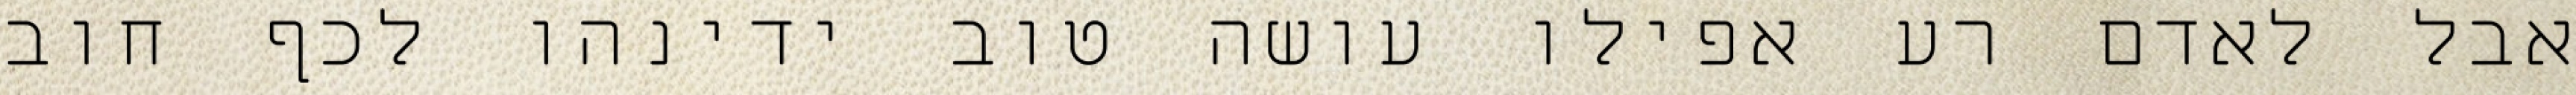
אבל לאדם רע אפילו עושה טוב ידינהו לכף חוב